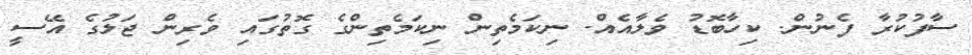
ސާފުކުރާ ފެނުން. ކިހާބޮޑު ވެލާއެއް. ނިކަމެތިން ނިކަމެތިންގެ ގޮތުގައި ވެރިން ޖަލުގެ އޭސީ